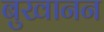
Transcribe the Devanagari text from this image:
बुखानन